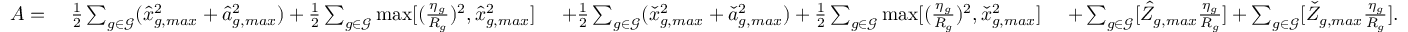
\begin{array} { r l r l } { A = ~ } & { \frac { 1 } { 2 } \sum _ { g \in { \mathcal { G } } } ( \hat { x } _ { g , m a x } ^ { 2 } + \hat { a } _ { g , m a x } ^ { 2 } ) + \frac { 1 } { 2 } \sum _ { g \in { \mathcal { G } } } \operatorname* { m a x } [ ( \frac { \eta _ { g } } { R _ { g } } ) ^ { 2 } , \hat { x } _ { g , m a x } ^ { 2 } ] \ } & { + \frac { 1 } { 2 } \sum _ { g \in { \mathcal { G } } } ( \check { x } _ { g , m a x } ^ { 2 } + \check { a } _ { g , m a x } ^ { 2 } ) + \frac { 1 } { 2 } \sum _ { g \in { \mathcal { G } } } \operatorname* { m a x } [ ( \frac { \eta _ { g } } { R _ { g } } ) ^ { 2 } , \check { x } _ { g , m a x } ^ { 2 } ] \ } & { + \sum _ { g \in \mathcal { G } } [ \hat { Z } _ { g , m a x } \frac { \eta _ { g } } { R _ { g } } ] + \sum _ { g \in \mathcal { G } } [ \check { Z } _ { g , m a x } \frac { \eta _ { g } } { R _ { g } } ] . } \end{array}